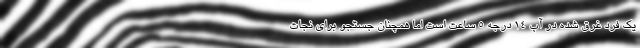
یک فرد غرق شده در آب ۱۴ درجه ۵ ساعت است اما همچنان جستجو برای نجات